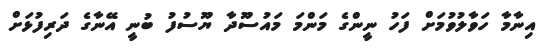
އިނާމާ ހަވާލުވުމަށް ފަހު ނީންގެ މަންމަ މައުސޫދާ ޔޫސުފު ބުނީ އޭނާގެ ދަރިފުޅަށް